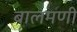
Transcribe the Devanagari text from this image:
बालमणी